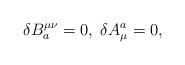
LaTeX: \begin{align*}\delta B_a^{\mu \nu }=0,\;\delta A_\mu ^a=0,\end{align*}